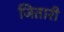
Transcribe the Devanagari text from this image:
जितारी